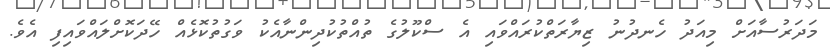
މަދަރުސާއަށް މިއަދު ހެނދުނު ޒިޔާރަތްކުރައްވައި އެ ސްކޫލުގެ ތުއްތުކުދިންނާއެކު ވަގުތުކޮޅެއް ހޭދަކޮށްލައްވައިފި އެވެ.